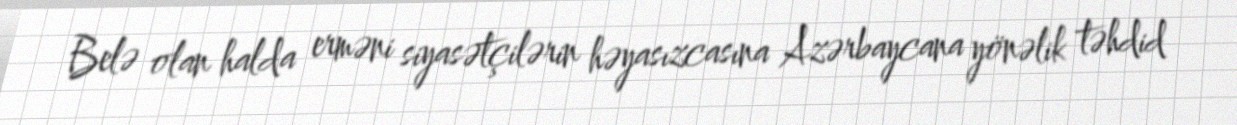
Belə olan halda erməni siyasətçilərin həyasızcasına Azərbaycana yönəlik təhdid